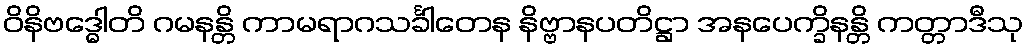
ဝိနိဗဒ္ဓေါတိ ဂမနန္တိ ကာမရာဂသင်္ခါတေန နိဗ္ဗာနပတိဋ္ဌာ အနပေက္ခိနန္တိ ကတ္တာဒီသု